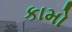
કામો